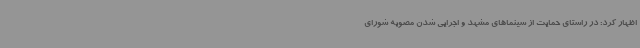
اظهار کرد: در راستای حمایت از سینماهای مشهد و اجرایی شدن مصوبه شورای